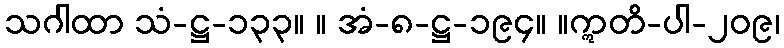
သဂါထာ သံ-ဋ္ဌ-၁၃၃။ ။ အံ-၈-ဋ္ဌ-၁၉၄။ ။ဣတိ-ပါ-၂၀၉၊